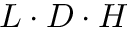
L \cdot D \cdot H